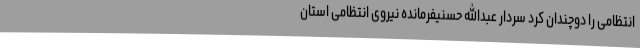
انتظامی را دوچندان کرد سردار عبدالله حسنیفرمانده نیروی انتظامی استان